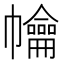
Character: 𢅹